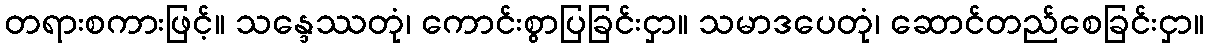
တရားစကားဖြင့်။ သန္ဒေဿတုံ၊ ကောင်းစွာပြခြင်းငှာ။ သမာဒပေတုံ၊ ဆောင်တည်စေခြင်းငှာ။